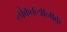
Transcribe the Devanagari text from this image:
लोकतन्त्रात्मक